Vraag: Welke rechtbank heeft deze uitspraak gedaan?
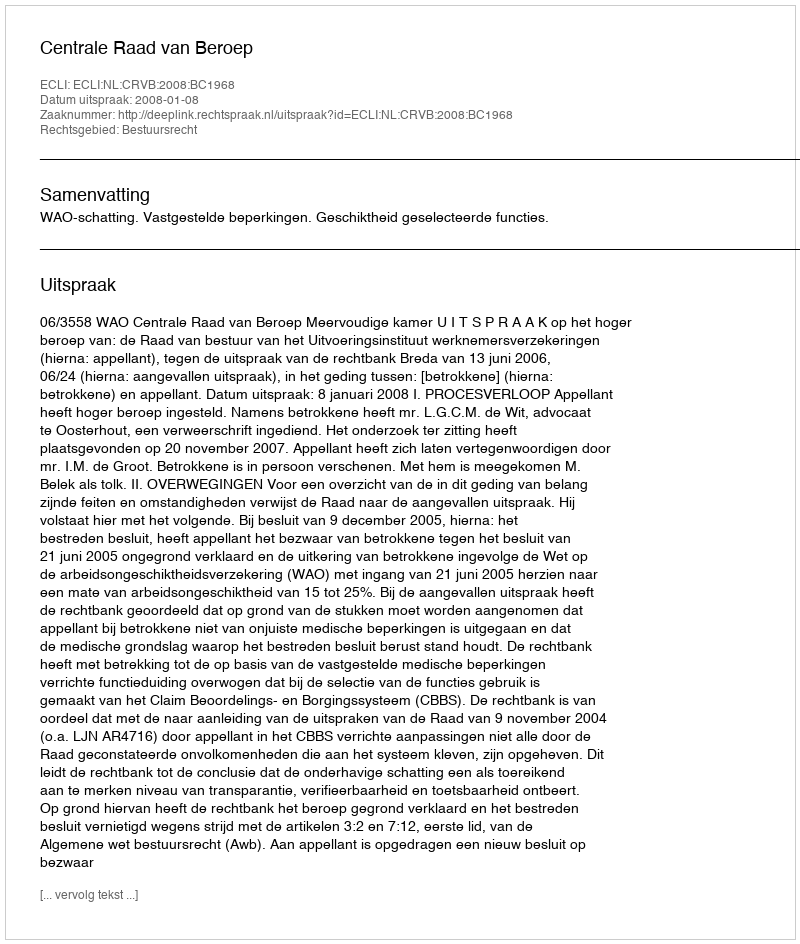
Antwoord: Centrale Raad van Beroep